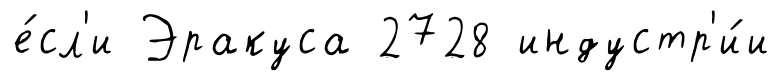
е́сл'и Эракуса 2728 индустр'и́и